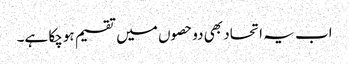
اب یہ اتحاد بھی دوحصوں میں تقسیم ہوچکا ہے۔